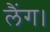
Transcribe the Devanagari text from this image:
लैंग।